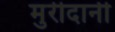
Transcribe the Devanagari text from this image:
मुरीदानी